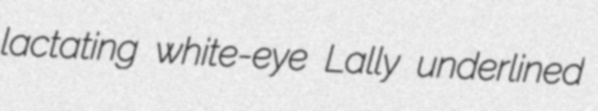
lactating white-eye Lally underlined